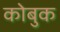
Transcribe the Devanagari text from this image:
कोबुक